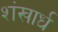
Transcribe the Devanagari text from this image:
शंखार्ध